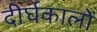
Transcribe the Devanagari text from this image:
दीर्घकालों